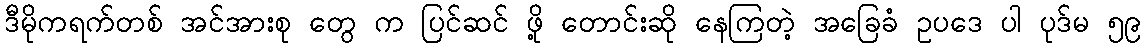
ဒီမိုကရက်တစ် အင်အားစု တွေ က ပြင်ဆင် ဖို့ တောင်းဆို နေကြတဲ့ အခြေခံ ဥပဒေ ပါ ပုဒ်မ ၅၉